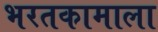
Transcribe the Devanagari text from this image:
भरतकामाला